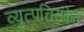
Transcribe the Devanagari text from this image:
व्युत्पत्तिसंकेत